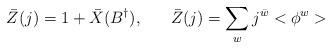
LaTeX: \begin{align*}\bar{Z}(j) = 1+\bar{X}(B^{\dagger}), \;\;\;\;\;\; \bar{Z}(j) = \sum_{w} j^{\bar{w}} <\phi^{w}>\end{align*}